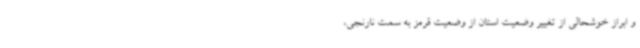
و ابراز خوشحالی از تغییر وضعیت استان از وضعیت قرمز به سمت نارنجی،